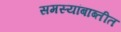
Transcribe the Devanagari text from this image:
समस्यांबाब्तीत